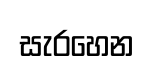
සැරහෙන